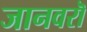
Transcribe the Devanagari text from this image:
जानवरॊ